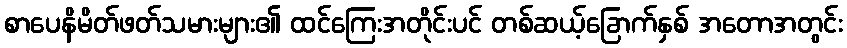
စာပေနိမိတ်ဖတ်သမားများ၏ ထင်ကြေးအတိုင်းပင် တစ်ဆယ့်ခြောက်နှစ် အတောအတွင်း